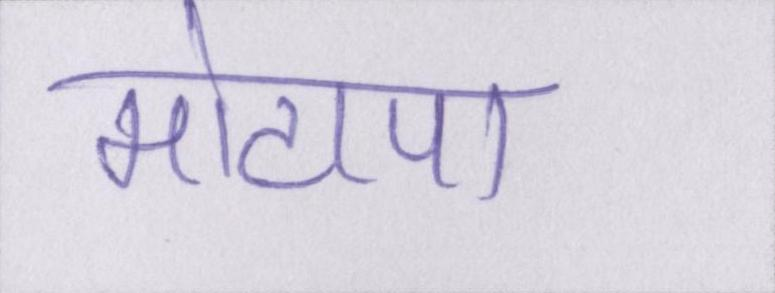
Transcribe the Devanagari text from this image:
मोटापा